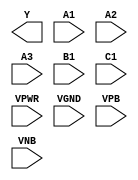
module sky130_fd_sc_ls__o311ai (
    Y   ,
    A1  ,
    A2  ,
    A3  ,
    B1  ,
    C1  ,
    VPWR,
    VGND,
    VPB ,
    VNB
);

    output Y   ;
    input  A1  ;
    input  A2  ;
    input  A3  ;
    input  B1  ;
    input  C1  ;
    input  VPWR;
    input  VGND;
    input  VPB ;
    input  VNB ;
endmodule